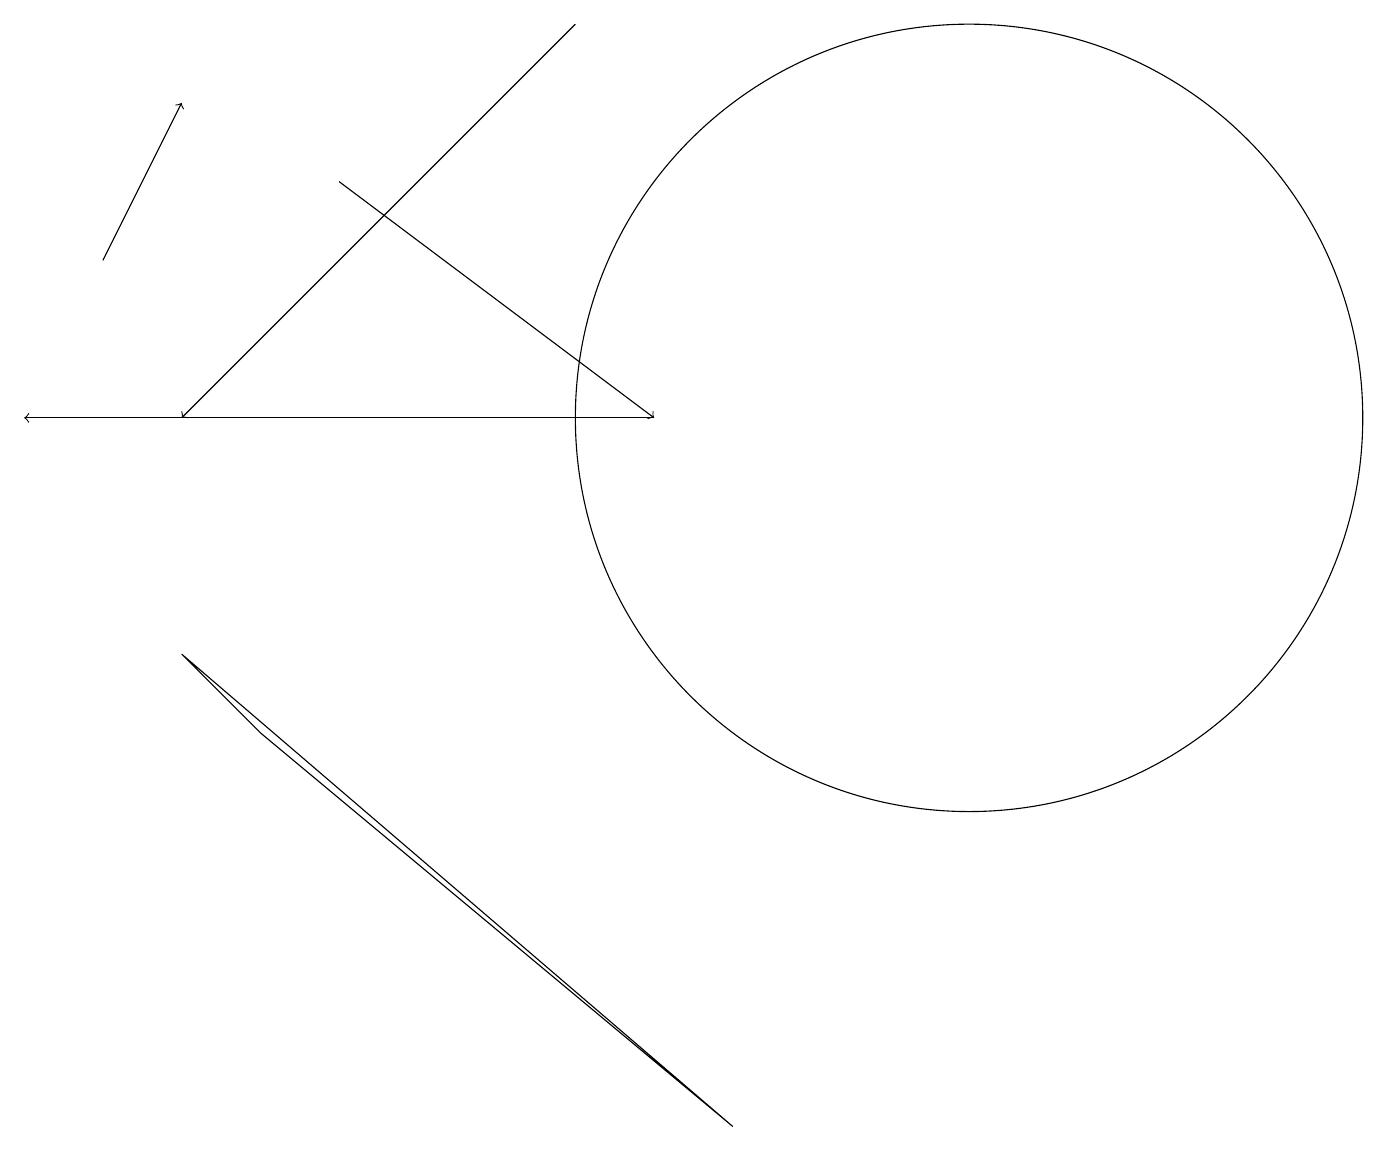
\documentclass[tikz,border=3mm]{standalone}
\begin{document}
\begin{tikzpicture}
\draw[->] (1,12) -- (2,14);
\draw[->] (4,13) -- (8,10);
\draw (12,10) circle (5);
\draw (2,7) -- (3,6) -- (9,1) -- cycle;
\draw[->] (8,10) -- (0,10);
\draw[->] (7,15) -- (2,10);
\draw (10,11) circle (0);
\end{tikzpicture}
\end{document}